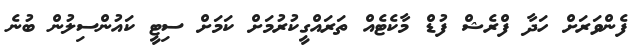
ފެންވަރަށް ހަދާ ފްރެޝް ފުޑް މާކެޓެއް ތަރައްގީކުރުމަށް ކަމަށް ސިޓީ ކައުންސިލުން ބުނެ